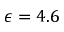
\epsilon = 4 . 6